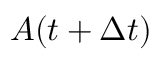
A ( t + \Delta t )